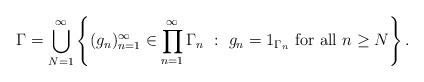
LaTeX: \begin{align*}\Gamma =\bigcup_{N=1}^\infty\left\{ (g_n)_{n=1}^\infty\in \prod_{n=1}^\infty \Gamma_n ~:~ g_n=1_{\Gamma_n} \mbox{ for all } n \ge N\right\}.\end{align*}